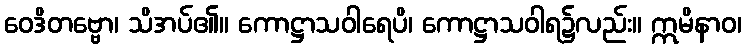
ဝေဒိတဗ္ဗော၊ သိအပ်၏။ ကောဋ္ဌာသဝါရေပိ၊ ကောဋ္ဌာသဝါရ၌လည်း။ ဣမိနာဝ၊